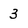
Character: 3